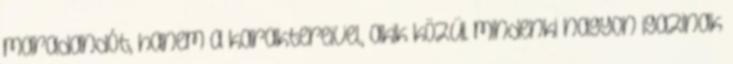
maradandót, hanem a karaktereivel, akik közül mindenki nagyon igazinak